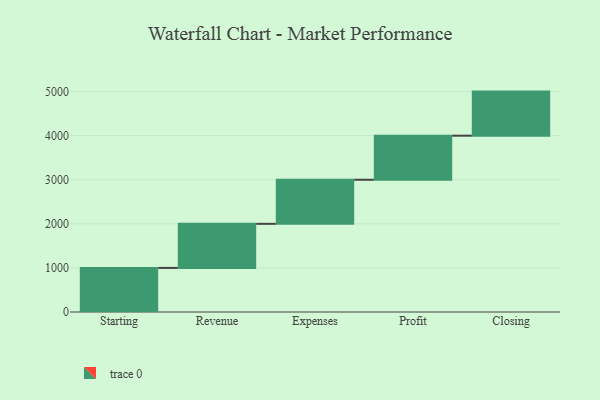
{"axis": {"x": "Step", "y": "Value"}, "legend": [""], "data": [{"x": "Starting", "y": 1000, "type": ""}, {"x": "Revenue", "y": 1000, "type": ""}, {"x": "Expenses", "y": 1000, "type": ""}, {"x": "Profit", "y": 1000, "type": ""}, {"x": "Closing", "y": 1000, "type": ""}]}